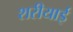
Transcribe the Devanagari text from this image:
शरीयाई